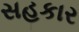
સહકાર